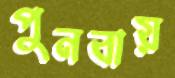
পুনবায়